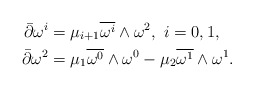
\begin{align*} \bar{\partial}\omega^{i}&=\mu_{i+1}\overline{\omega^{i}}\wedge\omega^2,\ i=0,1,\\ \bar{\partial}\omega^2&=\mu_1\overline{\omega^0}\wedge\omega^0-\mu_2\overline{\omega^1}\wedge\omega^1.\end{align*}